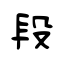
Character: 段